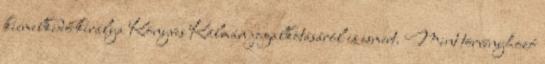
kiemelkedő királya Könyves Kálmán jogalkotásáról is ismert. Mint törvényhozó